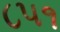
૮૫૧